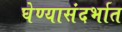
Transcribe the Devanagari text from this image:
घेण्यासंदर्भात